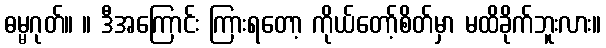
ဓမ္မဂုတ်။ ။ ဒီအကြောင်း ကြားရတော့ ကိုယ်တော့်စိတ်မှာ မထိခိုက်ဘူးလား။